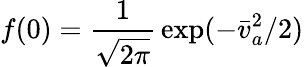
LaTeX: f(0)={\frac{1}{\sqrt{2\pi}}}\exp(-\bar{v}_{a}^{2}/2)